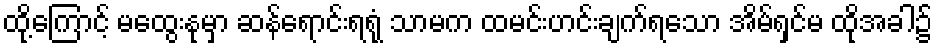
ထို့ကြောင့် မထွေးနုမှာ ဆန်ရောင်းရရုံ သာမက ထမင်းဟင်းချက်ရသော အိမ်ရှင်မ ထိုအခါ၌